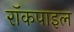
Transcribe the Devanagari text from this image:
रॉकपाइल